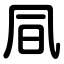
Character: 凬